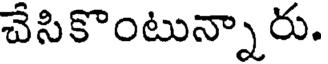
చేసికొంటున్నారు.